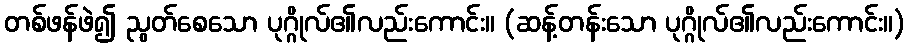
တစ်ဖန်ဖဲ၍ ညွတ်စေသော ပုဂ္ဂိုလ်၏လည်းကောင်း။ (ဆန့်တန်းသော ပုဂ္ဂိုလ်၏လည်းကောင်း။)